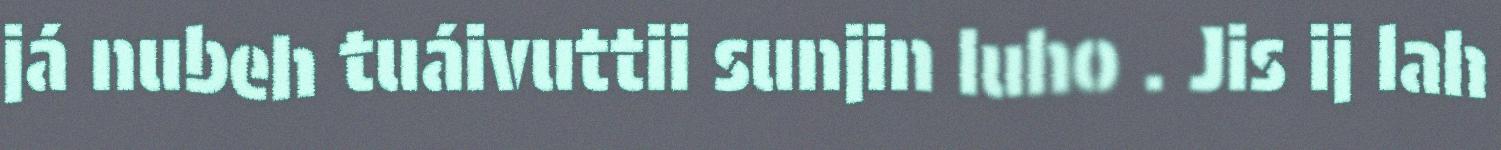
já nubeh tuáivuttii sunjin luho . Jis ij lah